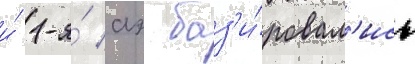
и́ 1-я́ аэ баз'и́ровал'ись